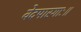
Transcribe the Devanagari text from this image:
वेदपारगाः॥